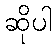
ဆိုပါ